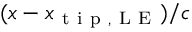
( x - x _ { \mathrm { ~ t ~ i ~ p ~ , ~ L ~ E ~ } } ) / c